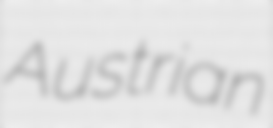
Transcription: Austrian